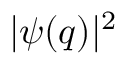
| \psi ( q ) | ^ { 2 }